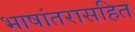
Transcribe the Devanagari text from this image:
भाषांतरासहित